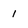
Character: 1